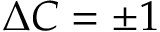
\Delta C = \pm 1